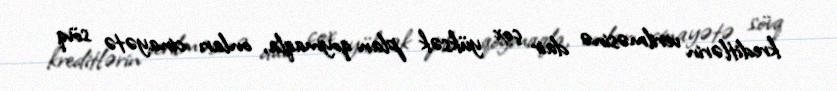
kreditlərin verilməsinə dair çox yüksək plan qoymaqla, onları cinayətə sövq